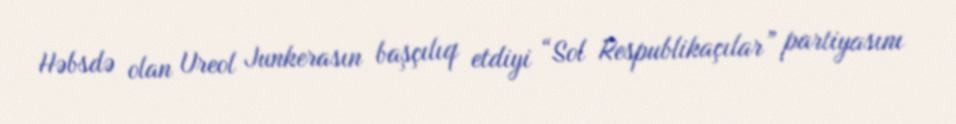
Həbsdə olan Ureol Junkerasın başçılıq etdiyi “Sol Respublikaçılar” partiyasını